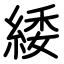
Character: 緌